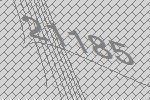
21185